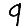
Digit: 9